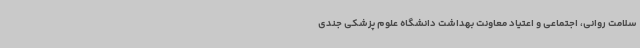
سلامت روانی، اجتماعی و اعتیاد معاونت بهداشت دانشگاه علوم پزشکی جندی